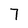
Character: 7